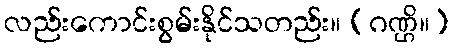
လည်းကောင်းစွမ်းနိုင်သတည်း။ (ဂဏ္ဌိ။)